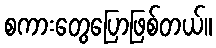
စကားတွေပြောဖြစ်တယ်။